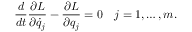
{ \frac { d } { d t } } { \frac { \partial L } { \partial { \dot { q } } _ { j } } } - { \frac { \partial L } { \partial q _ { j } } } = 0 \quad j = 1 , \ldots , m .